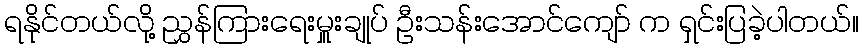
ရနိုင်တယ်လို့ ညွှန်ကြားရေးမှူးချုပ် ဦးသန်းအောင်ကျော် က ရှင်းပြခဲ့ပါတယ်။